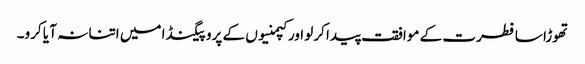
تھوڑا سا فطرت کے موافقت پیدا کرلو اور کپمنیوں کے پروپیگنڈا میں اتنا نہ آ یا کرو۔